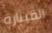
القيثارة